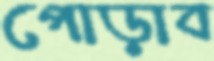
পোড়াব